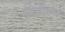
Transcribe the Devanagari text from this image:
प्रोटोप्लास्मिक